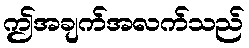
ဤအချက်အလက်သည်